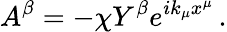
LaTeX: A^{\beta}=-\chi Y^{\beta}e^{ik_{\mu}x^{\mu}}\, .